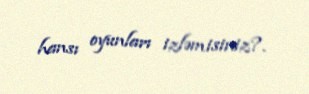
hansı oyunları izləmisiniz?.